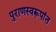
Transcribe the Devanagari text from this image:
पुराणस्वरूपांत